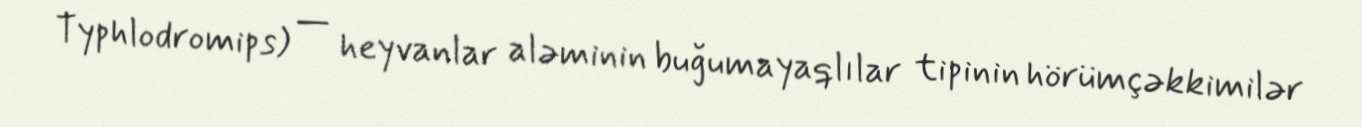
Typhlodromips) — heyvanlar aləminin buğumayaqlılar tipinin hörümçəkkimilər